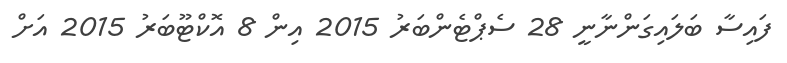
ފައިސާ ބަލައިގަންނާނީ 28 ސެޕްޓެންބަރު 2015 އިން 8 އޮކްޓޫބަރު 2015 އަށް